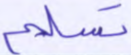
تسليم